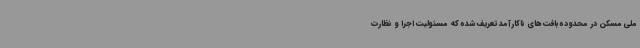
ملی مسکن در محدوده بافت های ناکارآمد تعریف شده که مسئولیت اجرا و نظارت